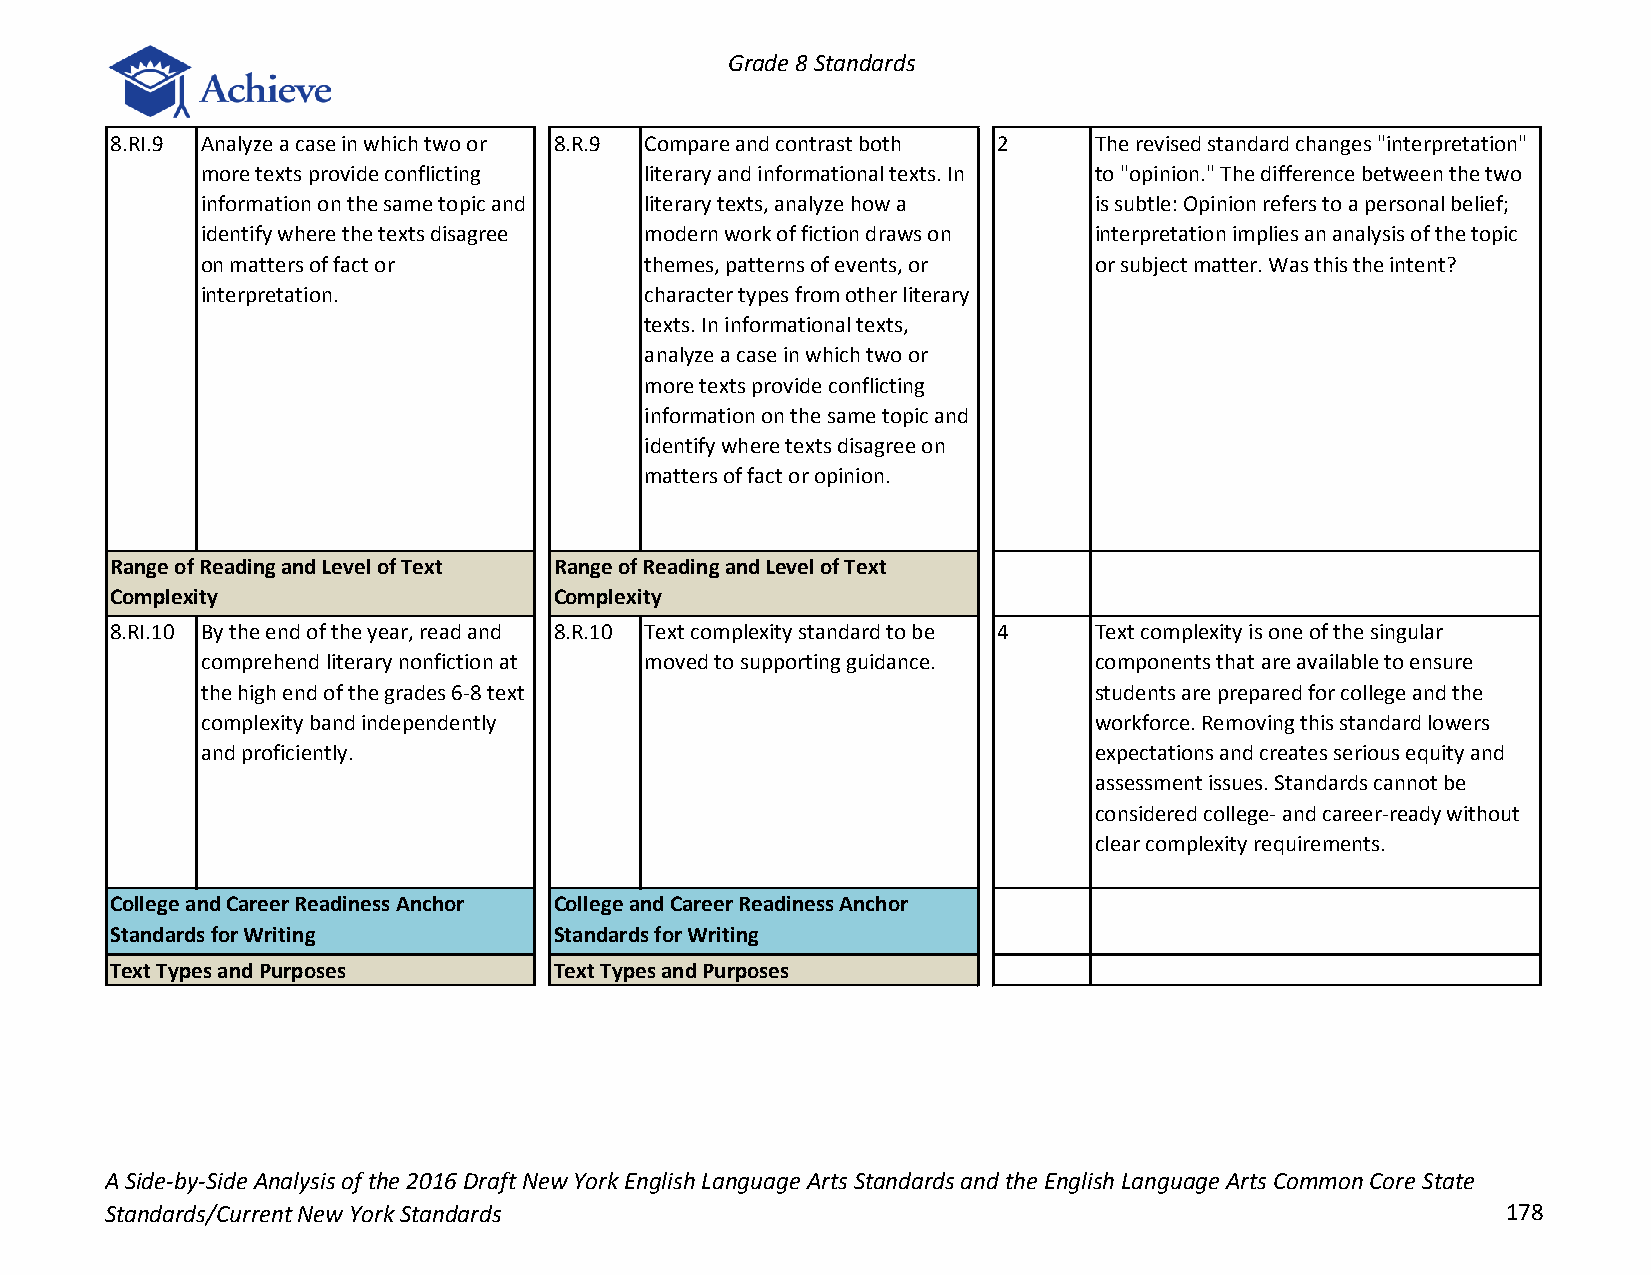
Grade 8 Standards
 8.RI.9 Analyze a case in which two or 8.R.9 Compare and contrast both 2 The revised standard changes "interpretation"
 more texts provide conflicting literary and informational texts. In to "opinion." The difference between the two
 information on the same topic and literary texts, analyze how a is subtle: Opinion refers to a personal belief;
 identify where the texts disagree modern work of fiction draws on interpretation implies an analysis of the topic
 on matters of fact or         themes, patterns of events, or or subject matter. Was this the intent?
 interpretation.               character types from other literary
 texts. In informational texts,
 analyze a case in which two or
 more texts provide conflicting
 information on the same topic and
 identify where texts disagree on
 matters of fact or opinion.
 Range of Reading and Level of Text Range of Reading and Level of Text
 Complexity                    Complexity
 8.RI.10 By the end of the year, read and 8.R.10 Text complexity standard to be 4 Text complexity is one of the singular
 comprehend literary nonfiction at moved to supporting guidance. components that are available to ensure
 the high end of the grades 6-8 text                        students are prepared for college and the
 complexity band independently                              workforce. Removing this standard lowers
 and proficiently.                                          expectations and creates serious equity and
 assessment issues. Standards cannot be
 considered college- and career-ready without
 clear complexity requirements.
 College and Career Readiness Anchor College and Career Readiness Anchor
 Standards for Writing         Standards for Writing
 Text Types and Purposes       Text Types and Purposes
 A Side-by-Side Analysis of the 2016 Draft New York English Language Arts Standards and the English Language Arts Common Core State
 Standards/Current New York Standards                                                         178